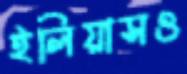
ইলিয়াসও